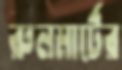
রুলমার্টের